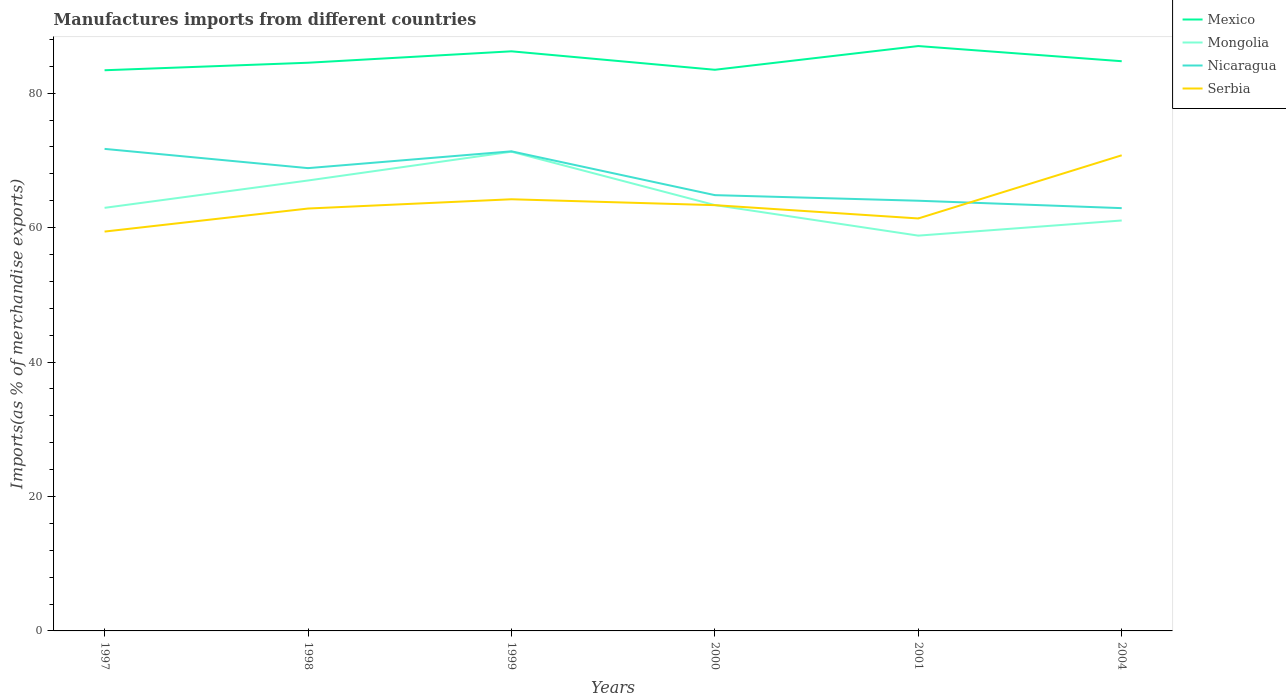
| Years | Mexico | Mongolia | Nicaragua | Serbia |
 | --- | --- | --- | --- | --- |
 | 1997 | 83.4 | 62.9 | 71.7 | 59.4 |
 | 1998 | 84.5 | 67 | 68.8 | 62.8 |
 | 1999 | 86.2 | 71.3 | 71.3 | 64.2 |
 | 2000 | 83.5 | 63.3 | 64.8 | 63.3 |
 | 2001 | 87 | 58.8 | 64 | 61.4 |
 | 2004 | 84.7 | 61.1 | 62.9 | 70.8 |